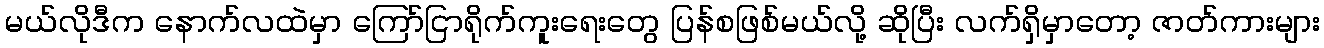
မယ်လိုဒီက နောက်လထဲမှာ ကြော်ငြာရိုက်ကူးရေးတွေ ပြန်စဖြစ်မယ်လို့ ဆိုပြီး လက်ရှိမှာတော့ ဇာတ်ကားများ